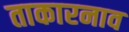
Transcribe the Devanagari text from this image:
ताकारनाव